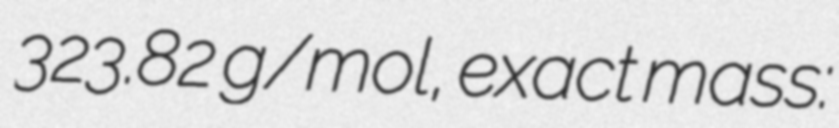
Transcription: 323.82 g/mol, exact mass: